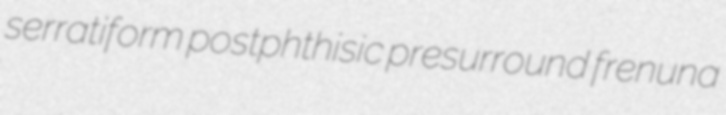
serratiform postphthisic presurround frenuna